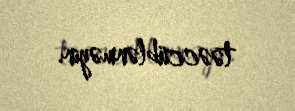
təəccüblənməyin.